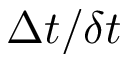
\Delta t / \delta t